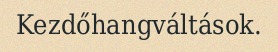
Kezdőhangváltások.